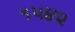
૧૫૪૨